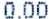
0.00